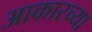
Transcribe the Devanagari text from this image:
आकारच्या